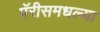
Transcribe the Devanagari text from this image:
पॅरीसमधल्या